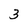
Character: 3